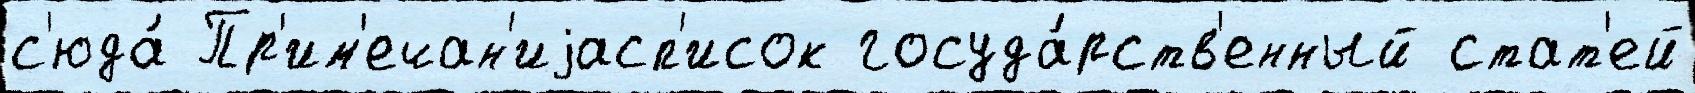
с'юда́ Пр'им'ечан'иjасп'исок госуда́рств'енный стат'ей